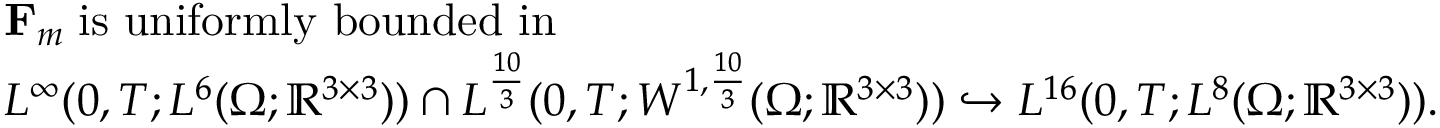
\begin{array} { r l } & { \mathbf { F } _ { m } \; \mathrm { i s ~ u n i f o r m l y ~ b o u n d e d ~ i n } } \\ & { L ^ { \infty } ( 0 , T ; L ^ { 6 } ( \Omega ; \mathbb { R } ^ { 3 \times 3 } ) ) \cap L ^ { \frac { 1 0 } { 3 } } ( 0 , T ; W ^ { 1 , \frac { 1 0 } { 3 } } ( \Omega ; \mathbb { R } ^ { 3 \times 3 } ) ) \hookrightarrow L ^ { 1 6 } ( 0 , T ; L ^ { 8 } ( \Omega ; \mathbb { R } ^ { 3 \times 3 } ) ) . } \end{array}